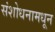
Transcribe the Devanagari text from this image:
संशोधनामधून